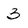
Character: 3